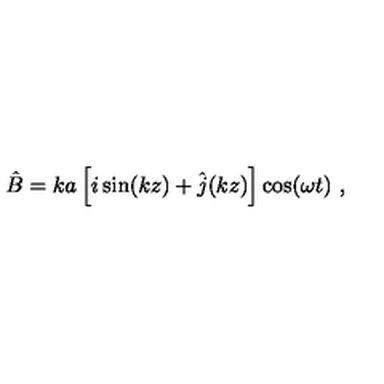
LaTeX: \hat { B } = k a \left[ i \sin ( k z ) + \hat { j } ( k z ) \right] \cos ( \omega t ) \ ,